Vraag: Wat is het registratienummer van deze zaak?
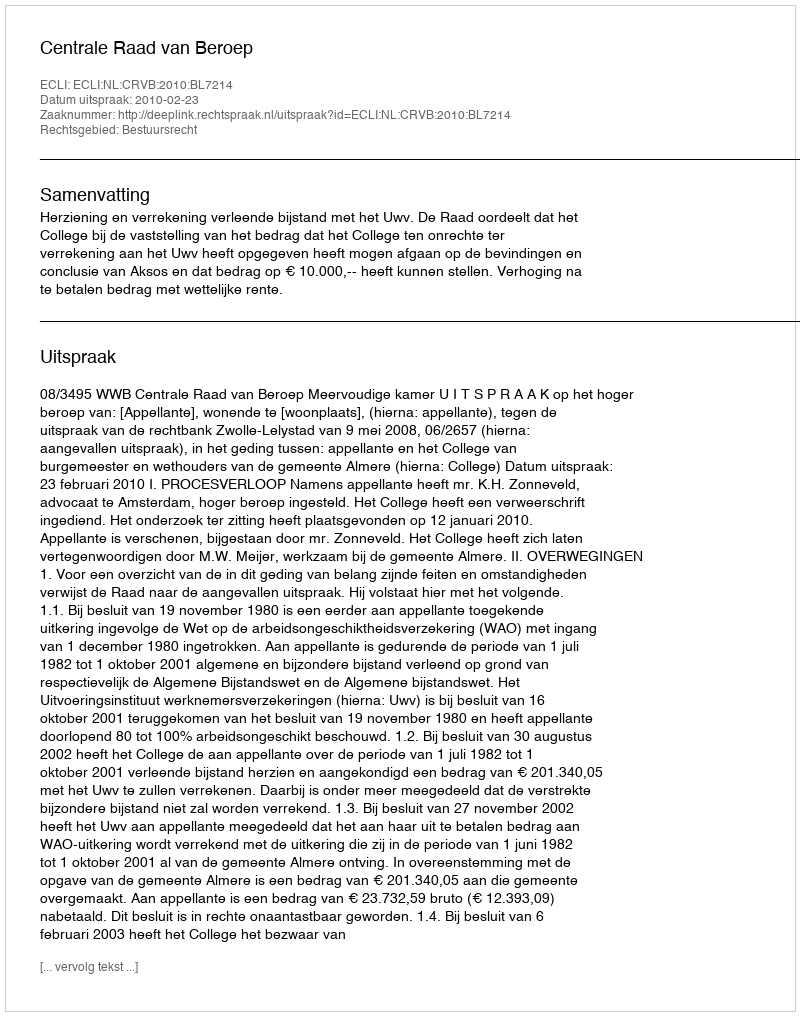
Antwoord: http://deeplink.rechtspraak.nl/uitspraak?id=ECLI:NL:CRVB:2010:BL7214